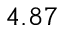
4 . 8 7